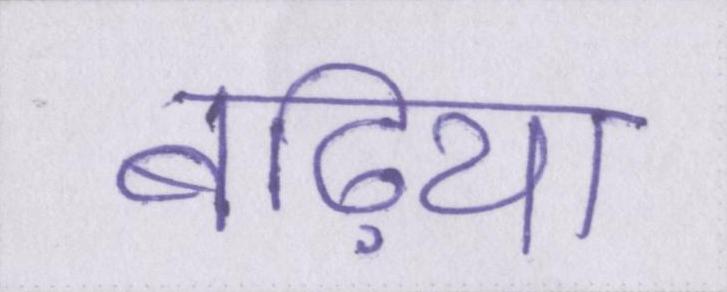
बढ़िया